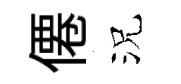
僊況